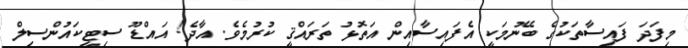
މިފަދަ ފައިސާތަކުގެ ބޭނުމަކީ އެފައިސާއިން އަތޮޅު ތަރައްޤީ ކުރުމެވެ. އާދެ! އައްޑޫ ސިޓީކައުންސިލް